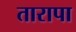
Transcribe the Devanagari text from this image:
तारापा